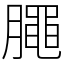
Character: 𣎜